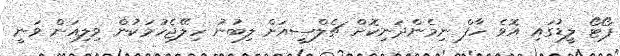
ޕޯޓޯ ލީޑުގައި އޮވެ ހާފް ނިމެންދަނިކޮށް ޗެލްސީއަށް ލިބުނު ހިލޭޖެހުމަކުން ވިލިއަން ވަނީ